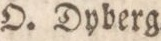
O. Dyberg.